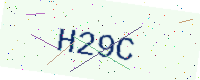
Text: H29C